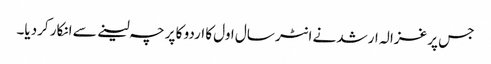
جس پر غزالہ ارشد نے انٹر سال اول کا اردو کا پرچہ لینے سے انکار کردیا۔